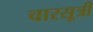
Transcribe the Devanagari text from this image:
चारसूत्री